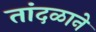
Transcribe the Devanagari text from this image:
तांदळाने